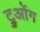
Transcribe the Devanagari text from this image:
ट्रुओंग